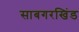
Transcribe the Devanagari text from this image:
साबगरखिंड